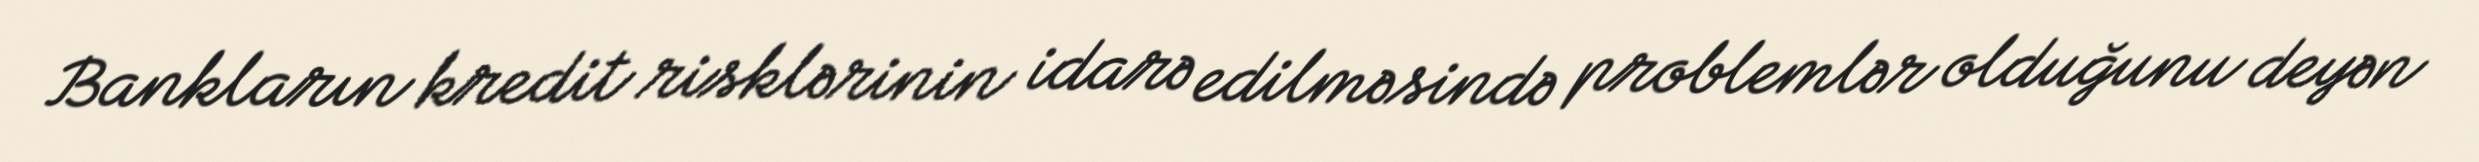
Bankların kredit risklərinin idarə edilməsində problemlər olduğunu deyən